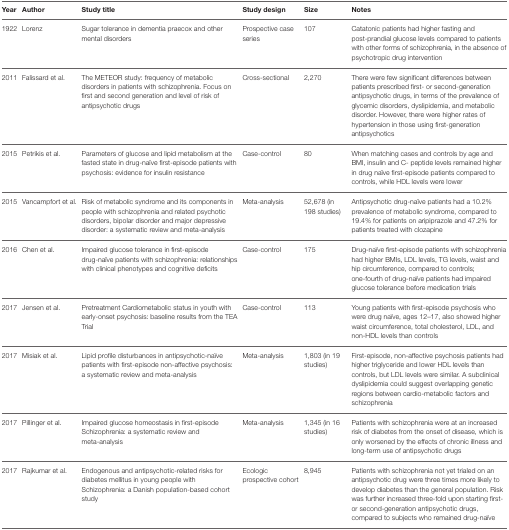
<table><thead><tr><td><b>Year</b></td><td><b>Author</b></td><td><b>Study title</b></td><td><b>Study design</b></td><td><b>Size</b></td><td><b>Notes</b></td></tr></thead><tbody><tr><td>1922</td><td>Lorenz</td><td>Sugar tolerance in dementia praecox and other mental disorders</td><td>Prospective case series</td><td>107</td><td>Catatonic patients had higher fasting and post-prandial glucose levels compared to patients with other forms of schizophrenia, in the absence of psychotropic drug intervention</td></tr><tr><td>2011</td><td>Falissard et al.</td><td>The METEOR study: frequency of metabolic disorders in patients with schizophrenia. Focus on first and second generation and level of risk of antipsychotic drugs</td><td>Cross-sectional</td><td>2,270</td><td>There were few significant differences between patients prescribed first- or second-generation antipsychotic drugs, in terms of the prevalence of glycemic disorders, dyslipidemia, and metabolic disorder. However, there were higher rates of hypertension in those using first-generation antipsychotics</td></tr><tr><td>2015</td><td>Petrikis et al.</td><td>Parameters of glucose and lipid metabolism at the fasted state in drug-naïve first-episode patients with psychosis: evidence for insulin resistance</td><td>Case-control</td><td>80</td><td>When matching cases and controls by age and BMI, insulin and C- peptide levels remained higher in drug naïve first-episode patients compared to controls, while HDL levels were lower</td></tr><tr><td>2015</td><td>Vancampfort et al.</td><td>Risk of metabolic syndrome and its components in people with schizophrenia and related psychotic disorders, bipolar disorder and major depressive disorder: a systematic review and meta-analysis</td><td>Meta-analysis</td><td>52,678 (in 198 studies)</td><td>Antipsychotic drug-naïve patients had a 10.2% prevalence of metabolic syndrome, compared to 19.4% for patients on aripiprazole and 47.2% for patients treated with clozapine</td></tr><tr><td>2016</td><td>Chen et al.</td><td>Impaired glucose tolerance in first-episode drug-naïve patients with schizophrenia: relationships with clinical phenotypes and cognitive deficits</td><td>Case-control</td><td>175</td><td>Drug-naïve first-episode patients with schizophrenia had higher BMIs, LDL levels, TG levels, waist and hip circumference, compared to controls; one-fourth of drug-naïve patients had impaired glucose tolerance before medication trials</td></tr><tr><td>2017</td><td>Jensen et al.</td><td>Pretreatment Cardiometabolic status in youth with early-onset psychosis: baseline results from the TEA Trial</td><td>Case-control</td><td>113</td><td>Young patients with first-episode psychosis who were drug naïve, ages 12–17, also showed higher waist circumference, total cholesterol, LDL, and non-HDL levels than controls</td></tr><tr><td>2017</td><td>Misiak et al.</td><td>Lipid profile disturbances in antipsychotic-naïve patients with first-episode non-affective psychosis: a systematic review and meta-analysis</td><td>Meta-analysis</td><td>1,803 (in 19 studies)</td><td>First-episode, non-affective psychosis patients had higher triglyceride and lower HDL levels than controls, but LDL levels were similar. A subclinical dyslipidemia could suggest overlapping genetic regions between cardio-metabolic factors and schizophrenia</td></tr><tr><td>2017</td><td>Pillinger et al.</td><td>Impaired glucose homeostasis in first-episode Schizophrenia: a systematic review and meta-analysis</td><td>Meta-analysis</td><td>1,345 (in 16 studies)</td><td>Patients with schizophrenia were at an increased risk of diabetes from the onset of disease, which is only worsened by the effects of chronic illness and long-term use of antipsychotic drugs</td></tr><tr><td>2017</td><td>Rajkumar et al.</td><td>Endogenous and antipsychotic-related risks for diabetes mellitus in young people with Schizophrenia: a Danish population-based cohort study</td><td>Ecologic prospective cohort</td><td>8,945</td><td>Patients with schizophrenia not yet trialed on an antipsychotic drug were three times more likely to develop diabetes than the general population. Risk was further increased three-fold upon starting first- or second-generation antipsychotic drugs, compared to subjects who remained drug-naïve</td></tr></tbody></table>